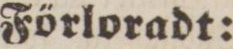
Förloradt: